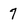
Character: 7